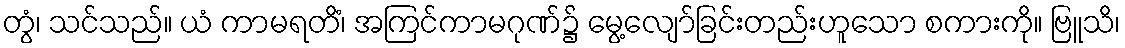
တွံ၊ သင်သည်။ ယံ ကာမရတိံ၊ အကြင်ကာမဂုဏ်၌ မွေ့လျော်ခြင်းတည်းဟူသော စကားကို။ ဗြူသိ၊